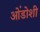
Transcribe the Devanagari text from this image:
ओंडोशी